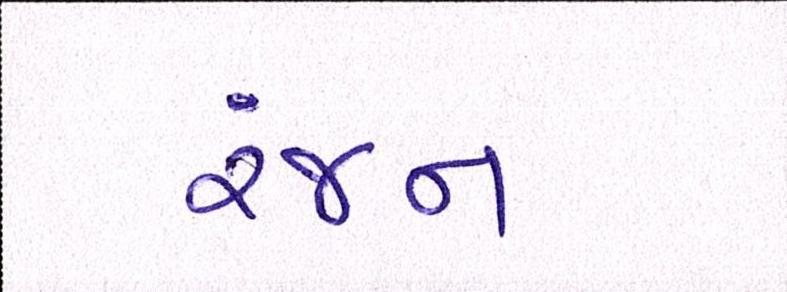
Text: રંજન